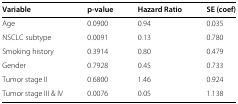
<table><thead><tr><td><b>Variable</b></td><td><b>p-value</b></td><td><b>Hazard Ratio</b></td><td><b>SE (coef)</b></td></tr></thead><tbody><tr><td>Age</td><td>0.0900</td><td>0.94</td><td>0.035</td></tr><tr><td>NSCLC subtype</td><td>0.0091</td><td>0.13</td><td>0.780</td></tr><tr><td>Smoking history</td><td>0.3914</td><td>0.80</td><td>0.479</td></tr><tr><td>Gender</td><td>0.7928</td><td>0.45</td><td>0.733</td></tr><tr><td>Tumor stage II</td><td>0.6800</td><td>1.46</td><td>0.924</td></tr><tr><td>Tumor stage III &amp; IV</td><td>0.0076</td><td>0.05</td><td>1.138</td></tr></tbody></table>